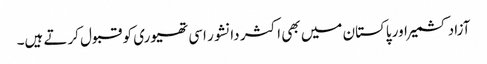
آزاد کشمیر اور پاکستان میں بھی اکثر دانشور اسی تھیوری کو قبول کرتے ہیں۔